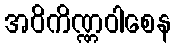
အဝိကိဏ္ဏဝါစေန